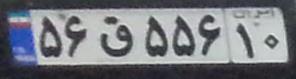
۵۶ق۵۵۶۱۰